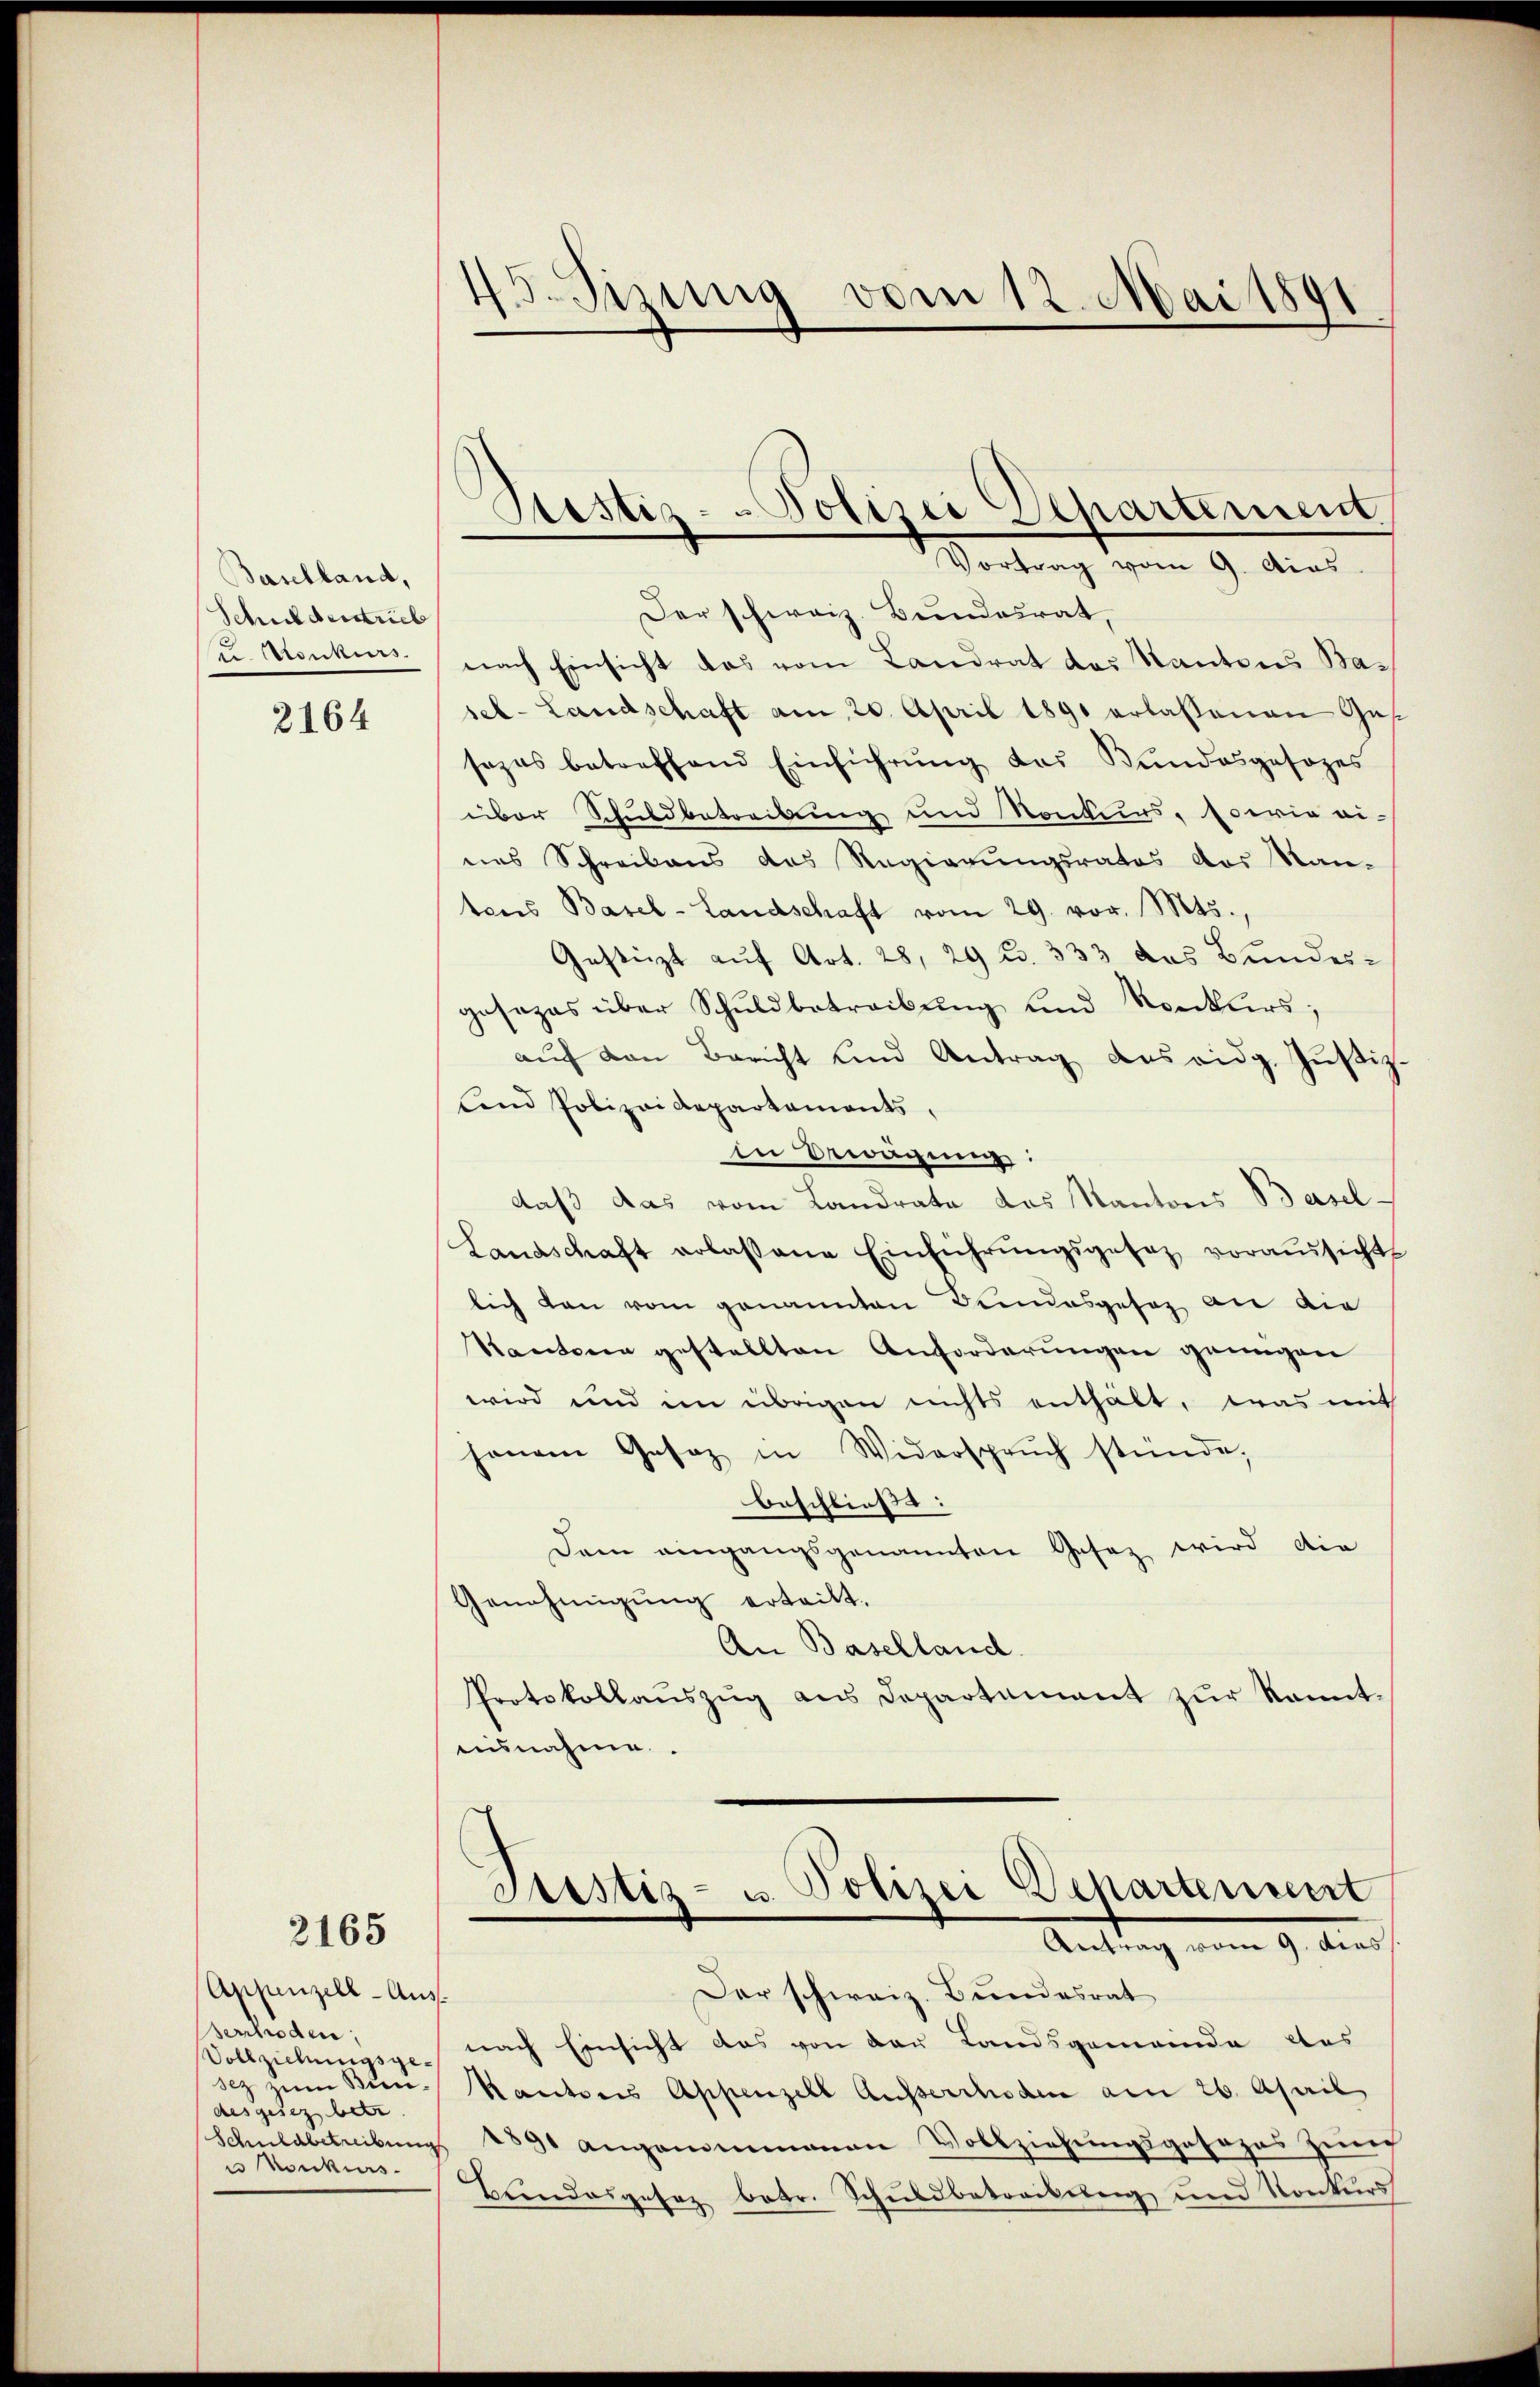
Baselland,
Schulderstrieb
C. Konkurs

2164

2165

Der schweiz. Bundesrat,
nach Einsicht das vom Landrat des Kantons Basel-Landschaft am 20. April 1890 erlassenen Gessezes betreffend Einführŭng des Kundesgesezes
über Schuldbetreibung und Konkurs, sowie ei-
nes Schreibens des Regierungsrates das Man-
tens Basel-Landschaft vom 29. vor. Mts.,
Gestürzt auf Art. 28, 29 u. 333 das Bundes-
gesezes über Schuldbetreibŭng und Konkŭrs;
aŭf den Bericht und Antrag des eidg. Jŭstiz-
lend Polizeidepartaments,
in Erwägung:
daß das vom Landrate das Kantons Basel-
Landschaft erlassene Einführŭngsgesetz voraussicht
lich den vom genannten Bundesgesez an die
Kantone gestellten Anforderungen genügen
wird und im übrigen nichts enthält, was mit
hanen Gesaz in Widerspruch stünde,
beschließt:
Dem eingangsgenannten Gesaz wird die
Genehmigung erteilt.
An Baselland.
Protokollaŭszŭg ans Departement zŭr konnt-
aisnahme.

Appenzell-Ausserrhoden,
Vollziehungsgedes gelegen be
u Konkurs

45. Sizung vom 12. Mai 180
¬

nach Einsicht das von der Landsgemeinde das
sez u Bau- Mautoris Appenzell Ausserrhoden am 26. April
Schuldbetreibŭng 1891 angenommenen Vollziehungsgesezes zum
Brandesgesez betr. Schuldbetreibung und Konkurs

Restiz-Potizio Separtiment
Vortrag vom 9. dies

Justiz- u. Polizei Departement
Antrag vom 9. dies
Der schweiz. Bundesrat